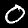
Label: 0